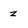
Character: z